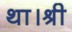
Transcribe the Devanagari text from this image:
था।श्री